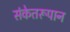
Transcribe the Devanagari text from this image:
संकेतरूपान